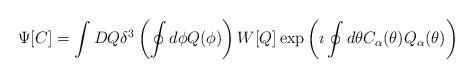
LaTeX: \begin{align*}\Psi[C] = \int DQ\delta^3 \left(\oint d \phi Q(\phi) \right) W[Q] \exp\left(\imath \oint d \theta C_{\alpha}(\theta) Q_{\alpha}(\theta)\right)\end{align*}